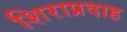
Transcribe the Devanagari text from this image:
शिराप्रदाह